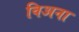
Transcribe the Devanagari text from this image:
विअना